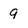
Character: 9